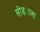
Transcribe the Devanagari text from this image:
सोड्याला